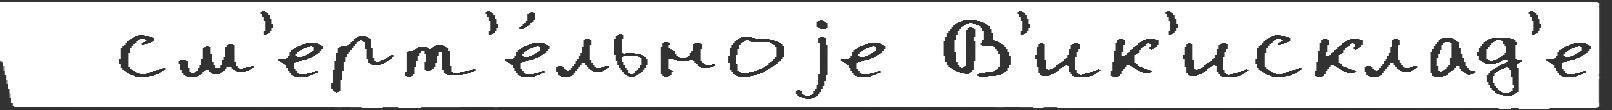
  см'ерт'е́льноjе В'ик'исклад'е